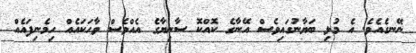
ނޭނގެއެވެ. އެ މުޅި ބަޔާނުގައިވެސް އޭނާގެ ކޮއްކޮ ސާނިޔާގެ އެއްވެސް ވާހަކައެއް ހިމެނިފައެއް